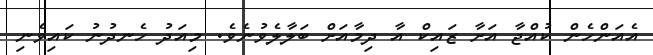
އެއަންހެން ކުއްޖާ އަށާ ޒައިކް އާ ދިމާއަށް ބަލާލެވުނެވެ. މިއަދު ހެނދުނު ކައިވެނި